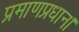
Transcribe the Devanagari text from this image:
प्रमाणप्रधान।